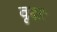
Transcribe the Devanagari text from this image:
वृक्षः